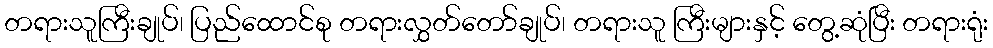
တရားသူကြီးချုပ်၊ ပြည်ထောင်စု တရားလွှတ်တော်ချုပ်၊ တရားသူ ကြီးများနှင့် တွေ့ဆုံပြီး တရားရုံး